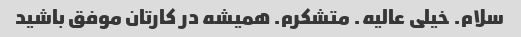
سلام. خیلی عالیه. متشکرم. همیشه در کارتان موفق باشید